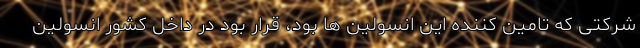
شرکتی که تامین کننده این انسولین ها بود، قرار بود در داخل کشور انسولین